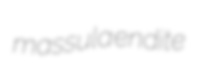
massula endite